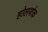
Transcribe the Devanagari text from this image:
होलयोक